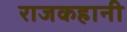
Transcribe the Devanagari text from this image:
राजकहानी